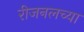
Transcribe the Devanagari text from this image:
रीजनलच्या